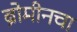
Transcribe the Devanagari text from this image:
ब्रोमीनचा